Veterinary regulations India, 1935 -
Year: 1935
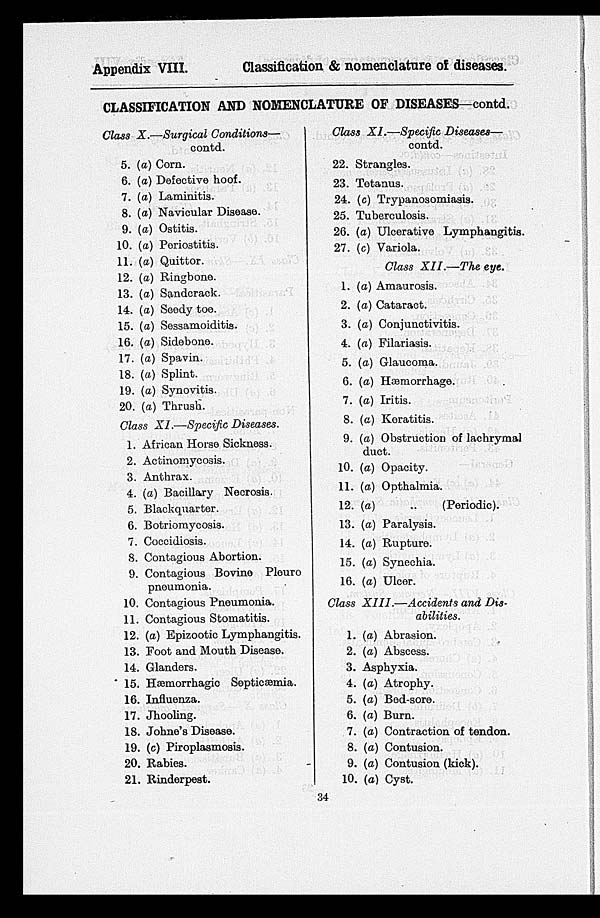
Appendix VIII.
Classification & nomenclature of diseases.
CLASSIFICATION AND NOMENCLATURE OF DISEASES—contd.
Class X.—Surgical Conditions—
contd.
5.
6.
7.
8.
9.
10.
11.
12.
13.
14.
15.
16.
17.
18.
19.
20.
(a) Corn.
(a) Defective hoof.
(a) Laminitis.
(a) Navicular Disease.
(a) Ostitis.
(a) Poriostitis.
(a) Quittor.
(a) Ringbone.
(a) Sandcrack.
(a) Seedy toe.
(a) Sessamoiditis.
(a) Sidebone.
(a) Spavin.
(a) Splint.
(a) Synovitis.
(a) Thrush.
Class XI.—Specific Diseases.
1.
2.
3.
4.
5.
6.
7.
8.
9.
10.
11.
12.
13.
14.
15.
16.
17.
18.
19.
20.
21.
African Horse Sickness.
Actinomycosis.
Anthrax.
(a) Bacillary Necrosis.
Blackquarter.
Botriomycosis.
Coccidiosis.
Contagious Abortion.
Contagious Bovine Pleuro
pneumonia.
Contagious Pneumonia.
Contagious Stomatitis.
(a) Epizootic Lymphangitis.
Foot and Mouth Disease.
Glanders.
Hæmorrhagic Septicæmia.
Influenza.
Jhooling.
Johne's Disease.
(c) Piroplasmosis.
Rabies.
Rinderpest.
Class XI.—Specific Diseases—
contd.
22.
23.
24.
25.
26.
27.
1.
2.
3.
4.
5.
6.
7.
8.
9.
10.
11.
12.
13.
14.
15.
16.
Strangles.
Tetanus.
(c) Trypanosomiasis.
Tuberculosis.
(a) Ulcerative Lymphangitis.
(c) Variola.
Class XII.—The
eye.
(a) Amaurosis.
(a) Cataract.
(a) Conjunctivitis.
(a) Filariasis.
(a) Glaucoma.
(a) Hæmorrhage.
(a) Iritis.
(a) Keratitis.
(a) Obstruction of lachrymal
duct.
(a) Opacity.
(a) Opthalmia.
(a)
(Periodic).
(a) Paralysis.
(a) Rupture.
(a) Synechia.
(a) Ulcer.
Class XIII.—Accidents and Dis-
abilities.
1.
2.
3.
4.
5.
6.
7.
8.
9.
10.
(a) Abrasion.
(a) Abscess.
Asphyxia.
(a) Atrophy.
(a) Bed-sore.
(a) Burn.
(a) Contraction of tendon.
(a) Contusion.
(a) Contusion (kick).
(a) Cyst.
34